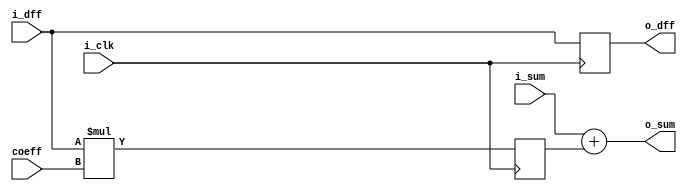
module tap(
	input i_clk,
	input wire [2:0] i_dff,
	input wire [2:0] coeff,
	input wire [9:0] i_sum,
	output reg [2:0] o_dff,
	output wire[9:0] o_sum
);

reg [5:0] product;

always@(posedge i_clk)
begin
	o_dff <= i_dff;
	product <= i_dff * coeff;
end

assign o_sum = i_sum + product;

endmodule